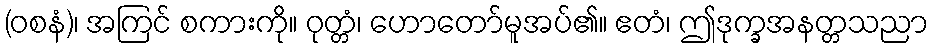
(ဝစနံ)၊ အကြင် စကားကို။ ဝုတ္တံ၊ ဟောတော်မူအပ်၏။ ဧတံ၊ ဤဒုက္ခအနတ္တသညာ